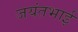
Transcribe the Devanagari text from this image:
जयंतभाई